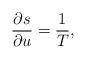
LaTeX: \begin{align*}\frac{\partial s}{\partial u}=\frac{1}{T},\end{align*}